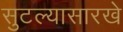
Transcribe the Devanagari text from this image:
सुटल्यासारखे